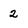
Character: 2